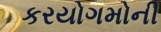
કરયોગમોની